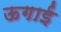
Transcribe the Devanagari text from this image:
ऊगाई